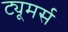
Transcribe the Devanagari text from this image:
ट्यूमर्स